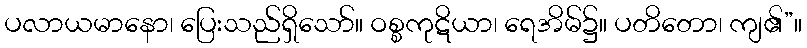
ပလာယမာနော၊ ပြေးသည်ရှိသော်။ ဝစ္စကုဋိယာ၊ ရေအိမ်၌။ ပတိတော၊ ကျ၏”။